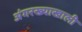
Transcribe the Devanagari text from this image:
अंगरख्याखाली